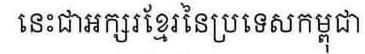
នេះជាអក្សរខ្មែរ នៃប្រទេសកម្ពុជា